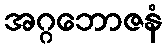
အဂ္ဂဘောဇနံ